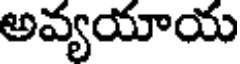
అవ్యయాయ